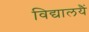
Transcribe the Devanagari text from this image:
विद्यालयैं